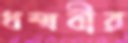
ধম্মবীর